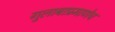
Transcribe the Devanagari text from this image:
गुलाबाप्रमाणेच